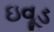
ઇવૂડ